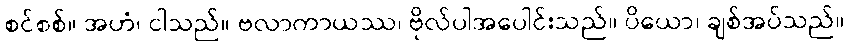
စင်စစ်။ အဟံ၊ ငါသည်။ ဗလာကာယဿ၊ ဗိုလ်ပါအပေါင်းသည်။ ပိယော၊ ချစ်အပ်သည်။